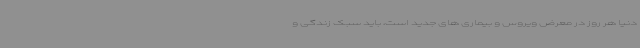
دنیا هر روز در معرض ویروس و بیماری های جدید است، باید سبک زندگی و